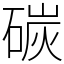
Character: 碳